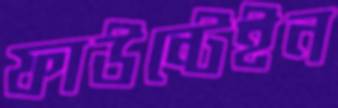
ফাউন্টেইন